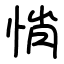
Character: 悄